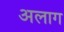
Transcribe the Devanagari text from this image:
अलाग